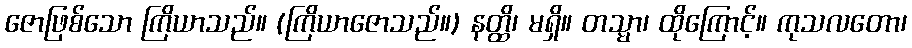
ဇောဖြစ်သော ကြိယာသည်။ (ကြိယာဇောသည်။) နတ္ထိ၊ မရှိ။ တသ္မာ၊ ထိုကြောင့်။ ကုသလတော၊